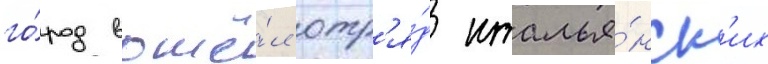
го́род вошё́л отр'я́д италья́нск'их